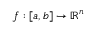
f : [ a , b ] \rightarrow \mathbb { R } ^ { n }